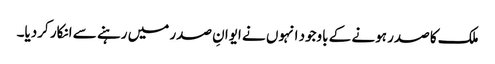
ملک کا صدر ہونے کے باوجود انہوں نے ایوانِ صدر میں رہنے سے انکار کردیا۔